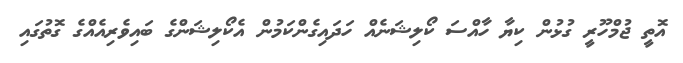
އޮތީ ޖުމްހޫރީ ގުޅުން ކިޔާ ހާއްސަ ކޯލިޝަނެއް ހަދައިގެންކަމުން އެކޯލިޝަންގެ ބައިވެރިއެއްގެ ގޮތުގައި